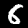
Digit: 6